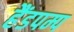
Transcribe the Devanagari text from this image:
हैंडपम्प